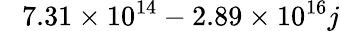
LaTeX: \phantom{-}7.31\times 10^{14}-2.89\times 10^{16}j